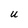
Character: u